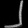
Digit: ၂